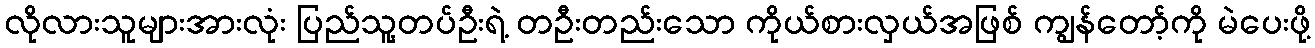
လိုလားသူများအားလုံး ပြည်သူ့တပ်ဦးရဲ့ တဦးတည်းသော ကိုယ်စားလှယ်အဖြစ် ကျွန်တော့်ကို မဲပေးဖို့